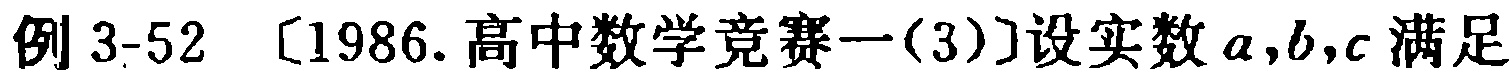
例 3-52 [1986.高中数学竞赛一(3)]设实数 \(a,b,c\) 满足